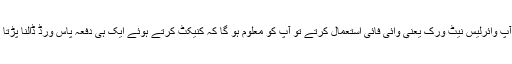
اگر آپ وائرلیس نیٹ ورک یعنی وائی فائی استعمال کرتے تو آپ کو معلوم ہو گا کہ کنیکٹ کرتے ہوئے ایک ہی دفعہ پاس ورڈ ڈالنا پڑتا ہے۔